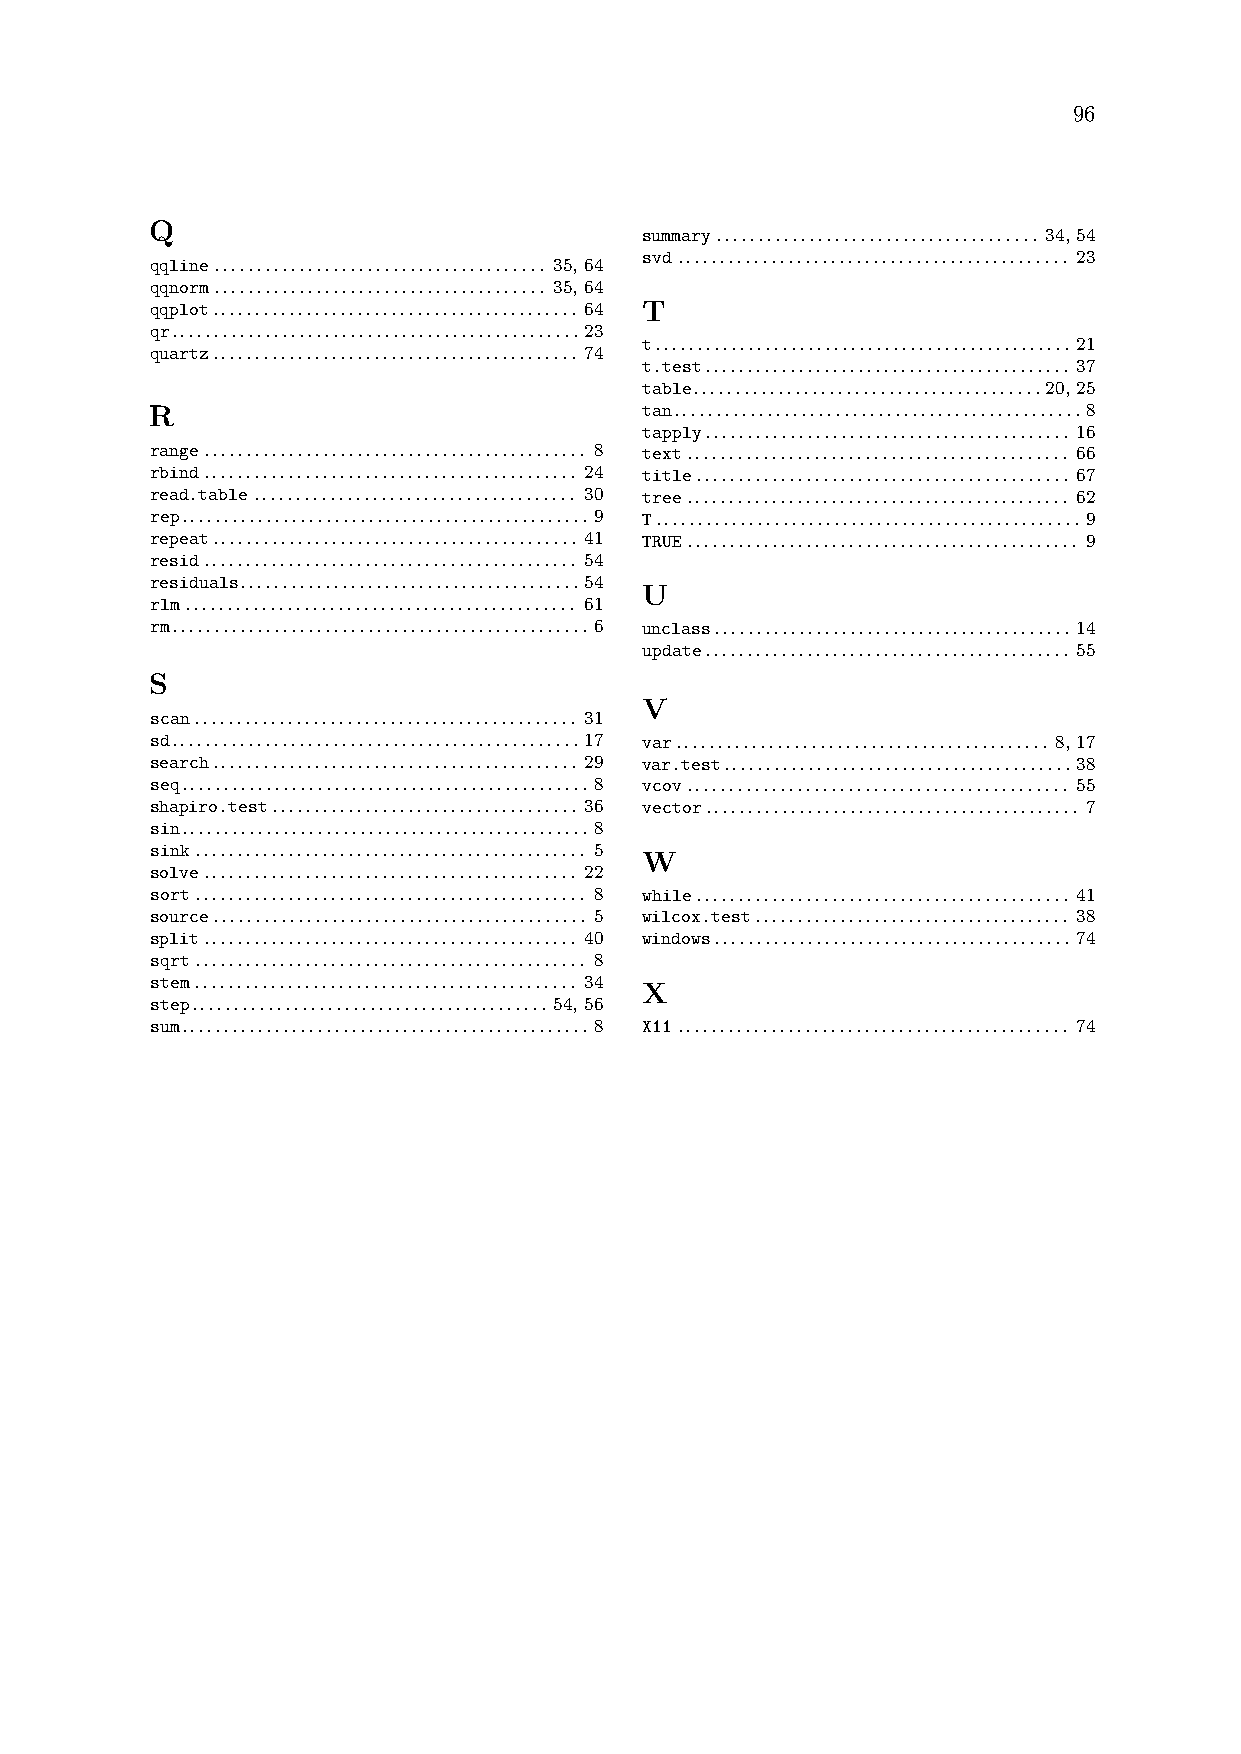
96
 Q
 summary...................................... 34, 54
 svd.............................................. 23
 qqline....................................... 35, 64
 qqnorm....................................... 35, 64
 qqplot........................................... 64 T
 qr................................................23
 t.................................................21
 quartz........................................... 74
 t.test........................................... 37
 table.........................................20, 25
 R                                tan................................................8
 tapply........................................... 16
 range............................................. 8 text............................................. 66
 rbind............................................ 24 title............................................ 67
 read.table...................................... 30 tree............................................. 62
 rep................................................9 T.................................................. 9
 repeat........................................... 41 TRUE.............................................. 9
 resid............................................ 54
 residuals........................................54
 U
 rlm.............................................. 61
 rm.................................................6 unclass.......................................... 14
 update........................................... 55
 S
 V
 scan............................................. 31
 sd................................................17 var............................................ 8, 17
 search........................................... 29 var.test.........................................38
 seq................................................8 vcov............................................. 55
 shapiro.test.................................... 36 vector............................................ 7
 sin................................................8
 sink.............................................. 5
 W
 solve............................................ 22
 sort.............................................. 8 while............................................ 41
 source............................................ 5 wilcox.test..................................... 38
 split............................................ 40 windows.......................................... 74
 sqrt.............................................. 8
 stem............................................. 34 X
 step..........................................54, 56
 sum................................................8 X11.............................................. 74